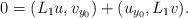
LaTeX: \begin{align*}0=(L_1u,v_{y_0})+(u_{y_0},L_1 v).\end{align*}